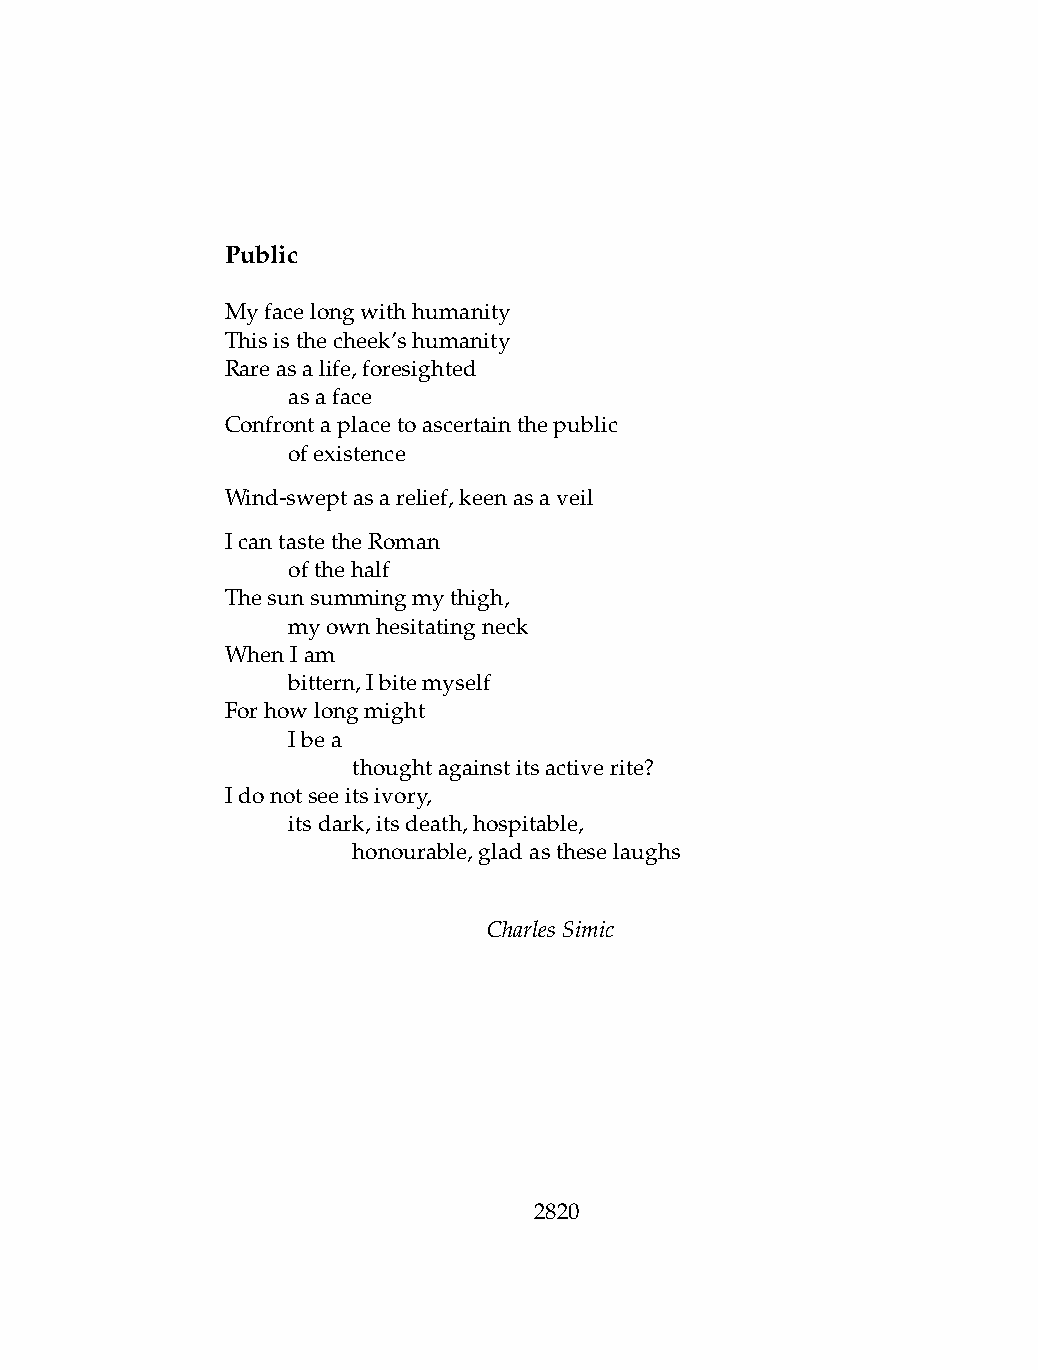
Public
 Myfacelongwithhumanity
 Thisisthecheek’shumanity
 Rareasalife,foresighted
 .   asaface
 Confrontaplacetoascertainthepublic
 .   ofexistence
 Wind-sweptasarelief,keenasaveil
 IcantastetheRoman
 .   ofthehalf
 Thesunsummingmythigh,
 .   myownhesitatingneck
 WhenIam
 .   bittern,Ibitemyself
 Forhowlongmight
 .   Ibea
 .   .   thoughtagainstitsactiverite?
 Idonotseeitsivory,
 .   itsdark,itsdeath,hospitable,
 .   .   honourable,gladastheselaughs
 CharlesSimic
 2820